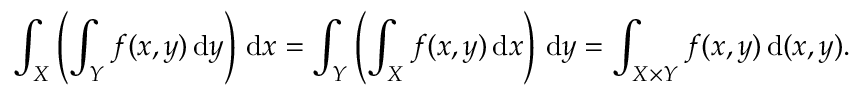
\int _ { X } \left( \int _ { Y } f ( x , y ) \, { \mathrm { d } } y \right) \, { \mathrm { d } } x = \int _ { Y } \left( \int _ { X } f ( x , y ) \, { \mathrm { d } } x \right) \, { \mathrm { d } } y = \int _ { X \times Y } f ( x , y ) \, { \mathrm { d } } ( x , y ) .